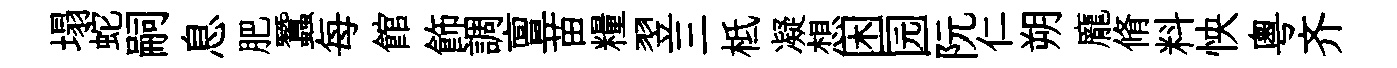
塌蛇嗣息肥蠶每館飾調亶苗糧翌三柢凝想困园阮仁朔龐脩料怏粵齐